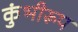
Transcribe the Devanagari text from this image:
कुंभीरूप